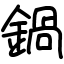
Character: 鍋